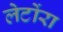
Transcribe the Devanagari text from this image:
लेटोंरा